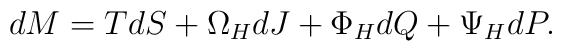
dM = TdS + \Omega_HdJ + \Phi_HdQ + \Psi_HdP.